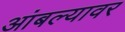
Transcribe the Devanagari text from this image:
आंबल्यावर